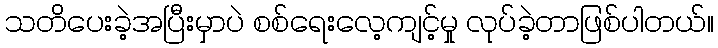
သတိပေးခဲ့အပြီးမှာပဲ စစ်ရေးလေ့ကျင့်မှု လုပ်ခဲ့တာဖြစ်ပါတယ်။